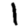
Digit: 1